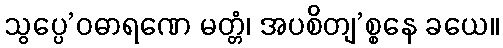
သွပ္ပေ’ဝဓာရဏေ မတ္တံ၊ အပစိတျ’စ္စနေ ခယေ။